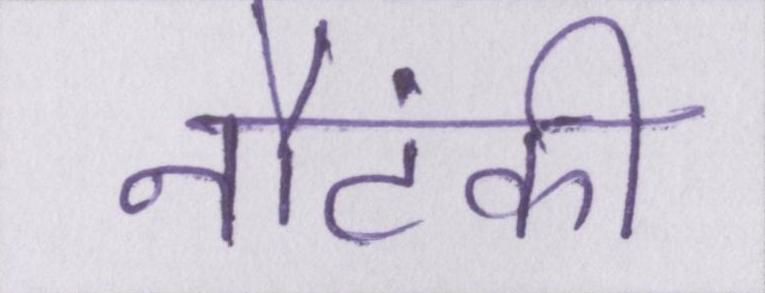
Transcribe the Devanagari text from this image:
नौटंकी